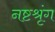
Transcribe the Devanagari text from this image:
नष्टश्रृंग